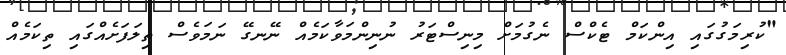
"ކުރިމަގުގައި އިންކަމް ޓެކްސް ނެގުމަށް މިނިސްޓަރު ނުނިންމަވާކަމެއް ނޭނގޭ ނަމަވެސް ތިލަފަށެއްގައި ތިކަމެއް